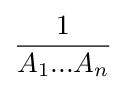
{\frac {1}{A_{1}...A_{n}}}